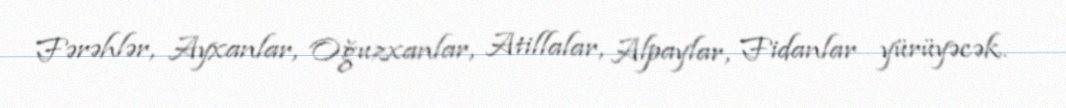
Fərəhlər, Ayxanlar, Oğuzxanlar, Atillalar, Alpaylar, Fidanlar yürüyəcək.